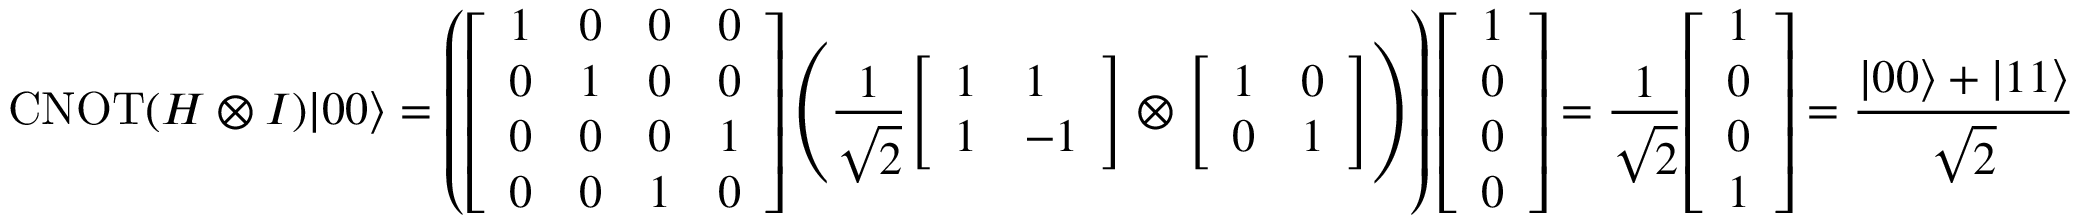
\operatorname { C N O T } ( H \otimes I ) | 0 0 \rangle = \left( { \left[ \begin{array} { l l l l } { 1 } & { 0 } & { 0 } & { 0 } \\ { 0 } & { 1 } & { 0 } & { 0 } \\ { 0 } & { 0 } & { 0 } & { 1 } \\ { 0 } & { 0 } & { 1 } & { 0 } \end{array} \right] } \left( { \frac { 1 } { \sqrt { 2 } } } { \left[ \begin{array} { l l } { 1 } & { 1 } \\ { 1 } & { - 1 } \end{array} \right] } \otimes { \left[ \begin{array} { l l } { 1 } & { 0 } \\ { 0 } & { 1 } \end{array} \right] } \right) \right) { \left[ \begin{array} { l } { 1 } \\ { 0 } \\ { 0 } \\ { 0 } \end{array} \right] } = { \frac { 1 } { \sqrt { 2 } } } { \left[ \begin{array} { l } { 1 } \\ { 0 } \\ { 0 } \\ { 1 } \end{array} \right] } = { \frac { | 0 0 \rangle + | 1 1 \rangle } { \sqrt { 2 } } }